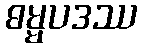
ဓမ္မပဒဿ